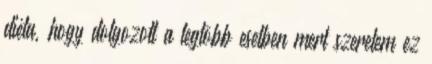
diéta, hogy dolgozott a legtöbb esetben mert szeretem ez